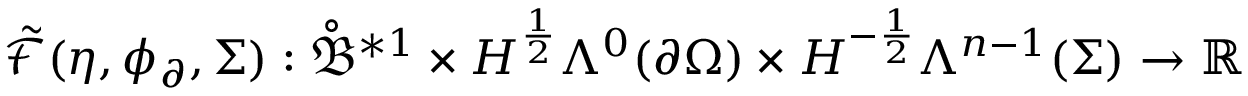
\tilde { \mathcal { F } } ( \eta , \phi _ { \partial } , \Sigma ) : \mathring { \mathfrak { B } } ^ { \ast 1 } \times H ^ { \frac { 1 } { 2 } } \Lambda ^ { 0 } ( \partial \Omega ) \times H ^ { - \frac { 1 } { 2 } } \Lambda ^ { n - 1 } ( \Sigma ) \to \mathbb { R }